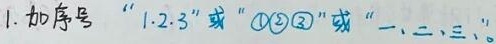
由于不清楚你想要加序号的具体内容，我先以“1. 2. 3.”这种形式为例，假设要对“加序号‘1.2.3’或‘\textcircled{1}\textcircled{2}\textcircled{3}’或‘一、二、三、’ 。”这句话加序号，得到以下内容：
1. 加序号“1.2.3”
2. 加序号“\textcircled{1}\textcircled{2}\textcircled{3}”
3. 加序号“一、二、三、”